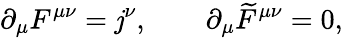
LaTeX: \partial_{\mu}F^{\mu\nu}=\mathit{j}^{\nu},\qquad\partial_{\mu}\widetilde{{F}}^{\mu\nu}=0,